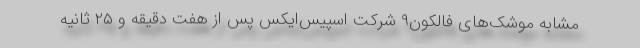
مشابه موشک‌های فالکون۹ شرکت اسپیس‌ایکس پس از هفت دقیقه و ۲۵ ثانیه